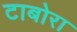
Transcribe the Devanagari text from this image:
टाबोरा